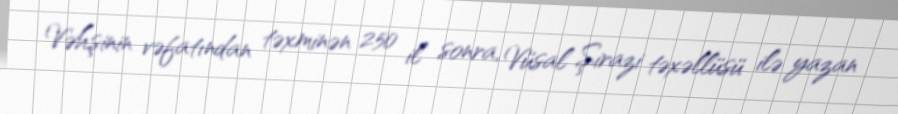
Vəhşinin vəfatından təxminən 250 il sonra, Vüsal Şirazi təxəllüsü ilə yazan